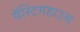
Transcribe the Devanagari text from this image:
वॅस्टिंगहाउस